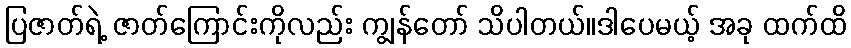
ပြဇာတ်ရဲ့ ဇာတ်ကြောင်းကိုလည်း ကျွန်တော် သိပါတယ်။ဒါပေမယ့် အခု ထက်ထိ